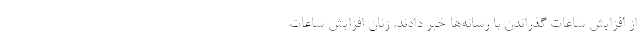
از افزایش ساعات گذراندن با رسانه‌ها خبر دادند. زنان افزایش ساعات